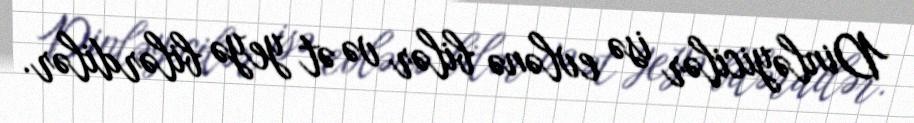
Dinləyicilər isə evlənə bilər və ət yeyə bilərdilər.